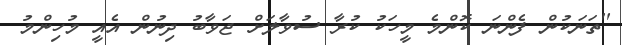
''ތަނަކުން ފެންނަ ކޮންމެ މީހަކު ކުރާ ސުވާލަށް ޖަވާބު ދިނުން އެއީ މުހިންމު